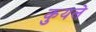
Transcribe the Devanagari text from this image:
कुयले